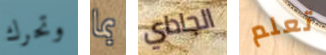
وتحرك بما الجاداي تعلم